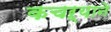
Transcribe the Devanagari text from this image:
कचऱ्याने